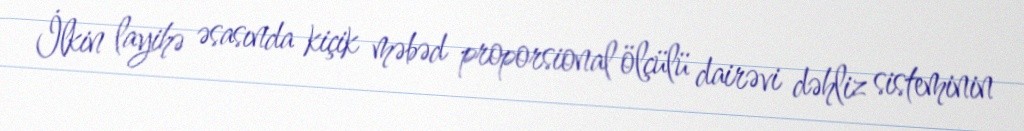
İlkin layihə əsasında kiçik məbəd proporsional ölçülü dairəvi dəhliz sisteminin